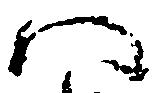
八